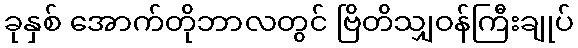
ခုနှစ် အောက်တိုဘာလတွင် ဗြိတိသျှဝန်ကြီးချုပ်